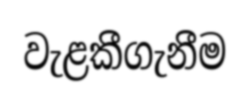
වැළකීගැනීම